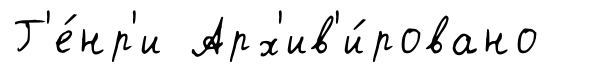
Г'е́нр'и Арх'ив'и́ровано